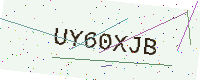
Text: UY60XJB